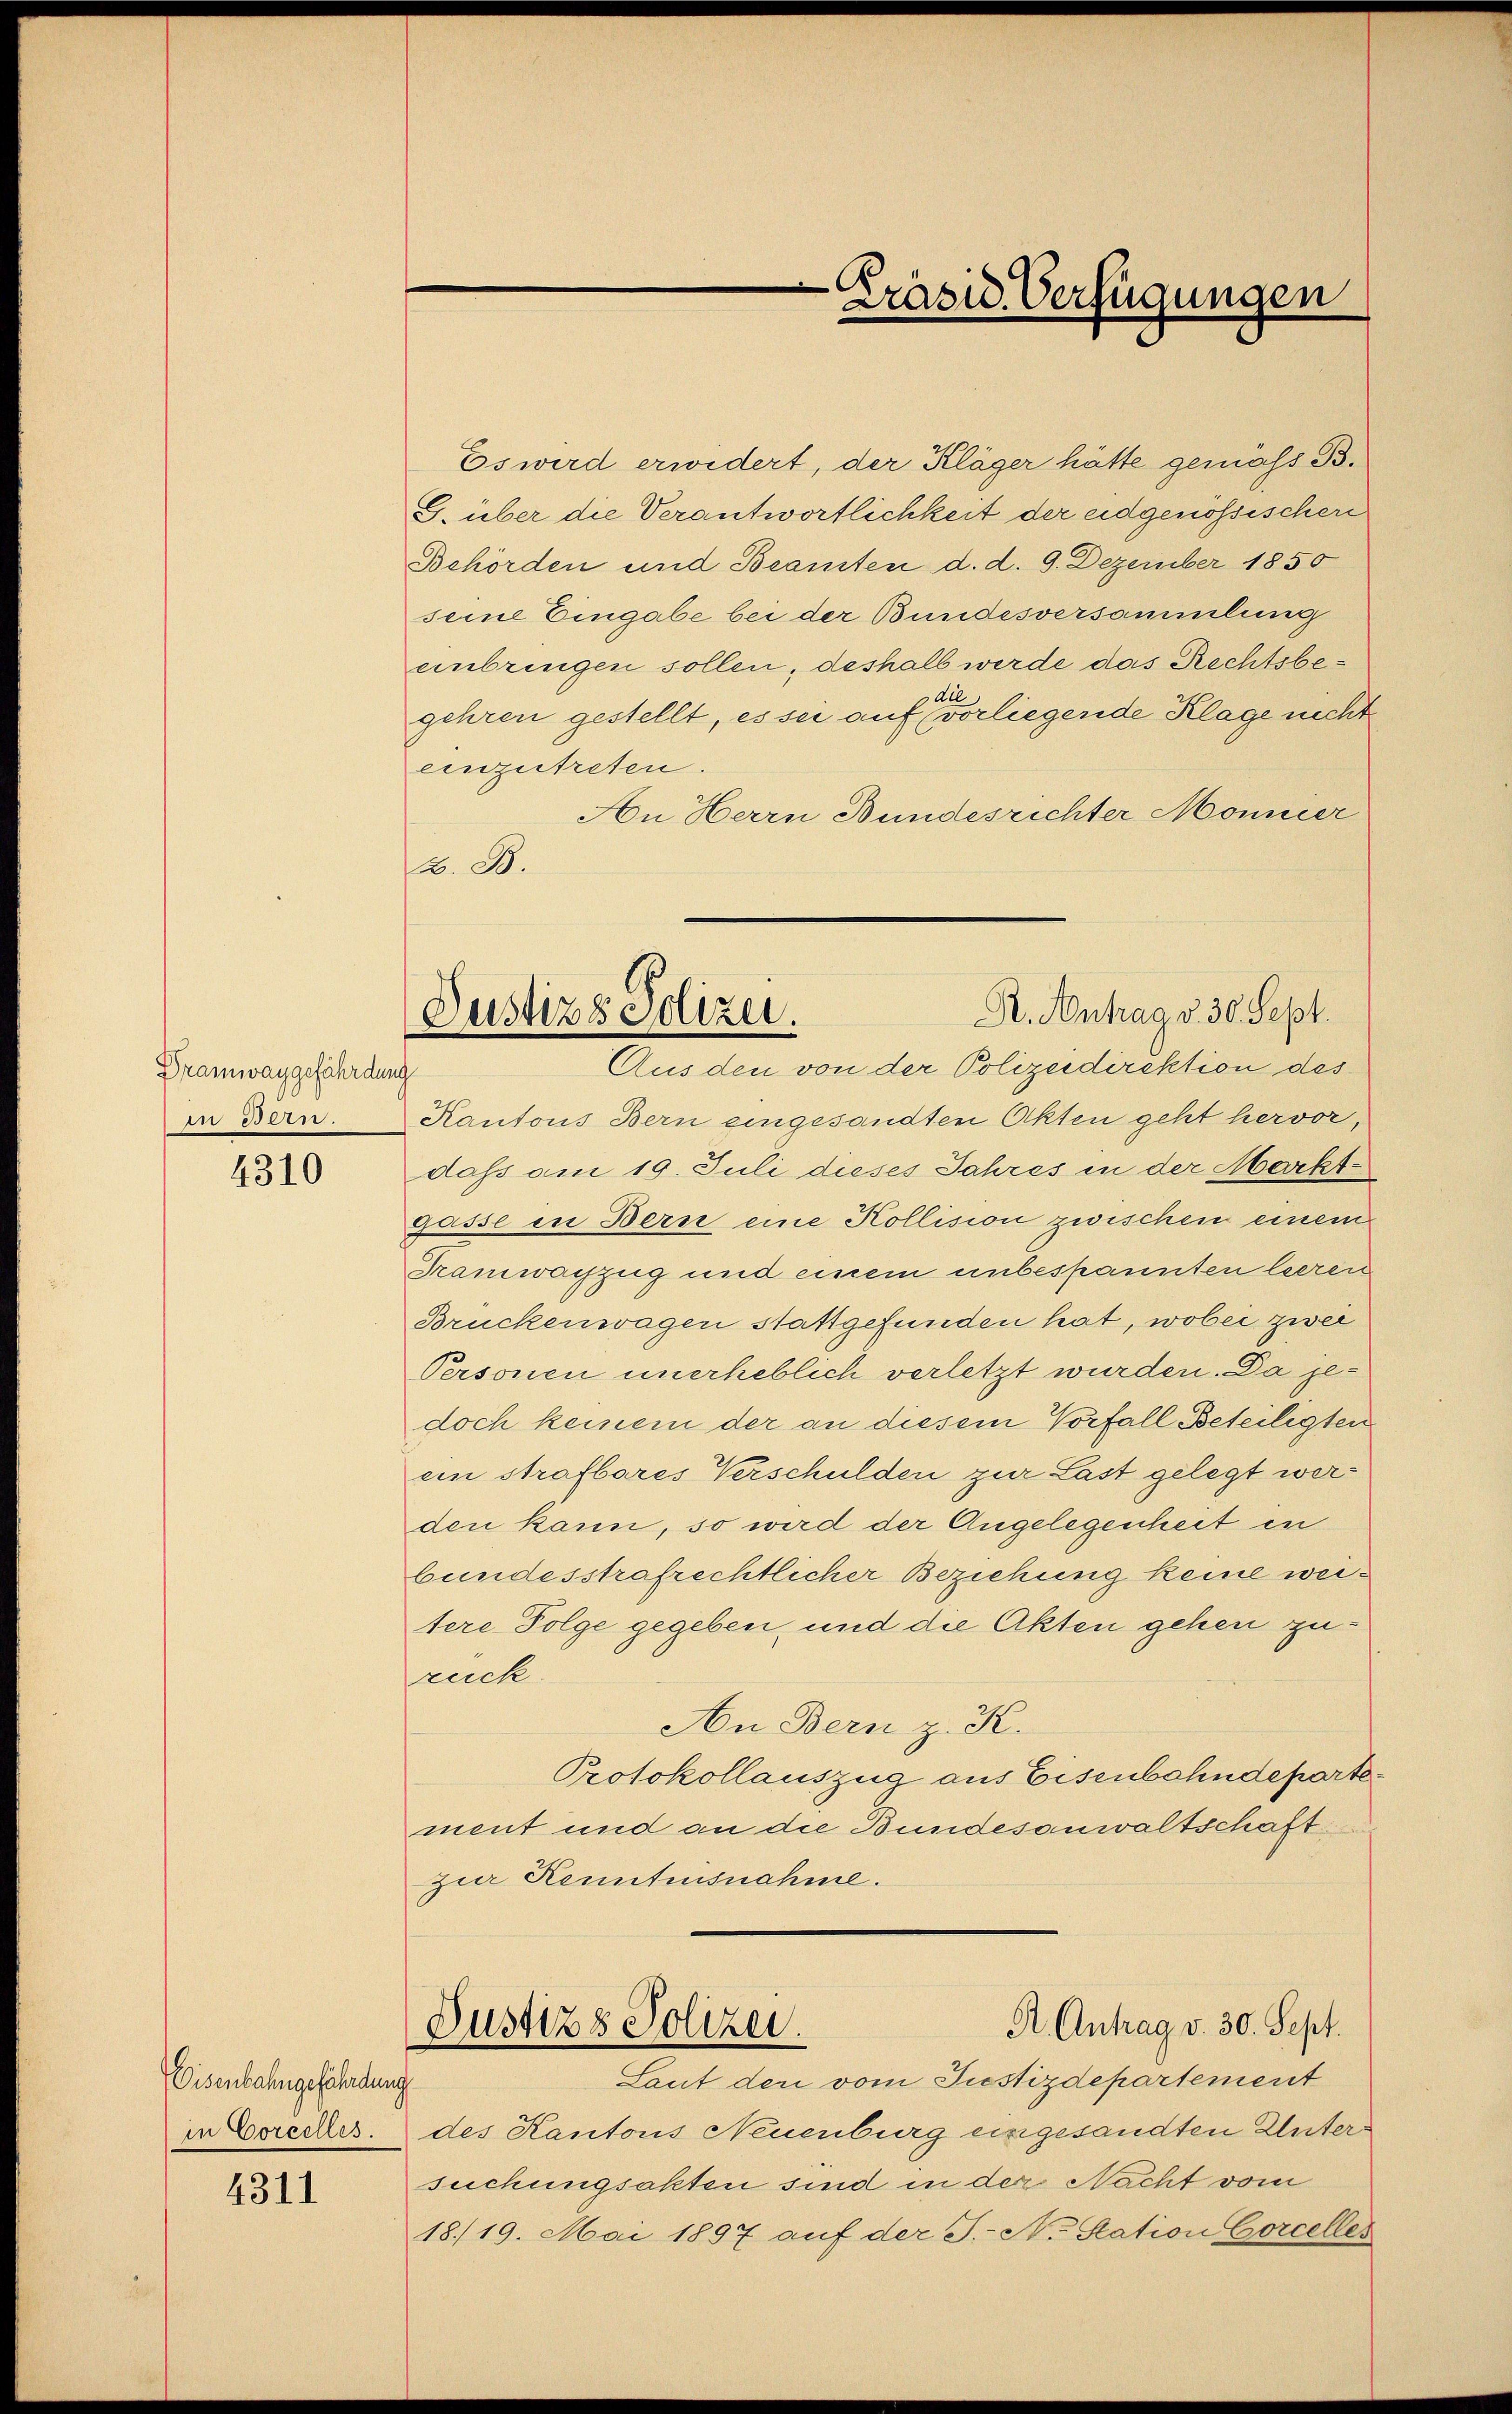
Dramwaygefährdung
in Bern.

4310

Eisenbahngefährdung
in Corcelles.

4311

Es wird erwidert, der Kläger hätte gemäss B.
G. über die Verantwortlichkeit der eidgenössischer
Behörden und Beamten d. d. 9. Dezember 1850
seine Eingabe bei der Bundesversammlung
einbringen sollen, deshalb werde das Rechtsbei
gehren gestellt, es sei auf vorliegende Klage nicht
einzutreten.
An Herrn Bundesrichter Mönnier
A. 2.
Kantons Bern eingesandten Akten geht hervor,
dass am 19. Juli dieses Jahres in der Markt-
gasse in Bern eine Kollision zwischen einem
Tramwachzug und einem unbespannten leeren
Brückenwagen stattgefunden hat, wobei zwei
Personen unerheblich verletzt wurden. Da jedoch keinem der an diesem Vorfall Beteiligten
ein strafbares Verschulden zur Last gelegt werden kann, so wird der Angelegenheit in
bundesstrafrechtlicher Beziehung keine weitere Folge gegeben, und die Akten gehen zuruck.
An Bern z. K.
Protokollauszug aus Eisenbahndeparte
ment und an die Bundesanwaltschaft
zur Kenntnisnahme.
R. Antrag v. 30. Sept.
Justizs Polizei.
Laut den vom Justizdepartement
des Kantons Neuenburg eingesandten Untersuchungsakten sind in der Nacht vom
18./19. Mai 1897 auf der J.- No. Station Corcelles

A
Präsid. Verfügungen

Dr. Antrag v. 30. Sept.
Justizs Polizei.
Aus den von der Polizeidirektion des